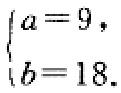
\(\begin{cases}
a = 9,\\
b = 18.
\end{cases}\)